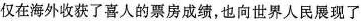
仅在海外收获了喜人的票房成绩，也向世界人民展现了